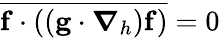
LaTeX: \overline{{\mathbf{f}\cdot\left(\left(\mathbf{g}\cdot\boldsymbol{\nabla}_{h}\right)\mathbf{f}\right)}}=0